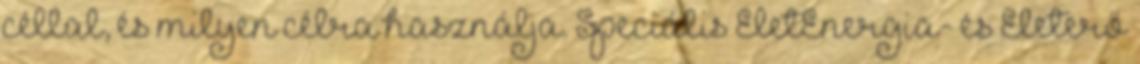
céllal, és milyen célra használja. Speciális ÉletEnergia- és Életerő